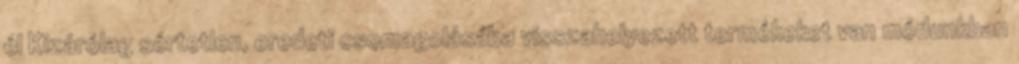
él Kizárólag sértetlen, eredeti csomagolásába visszahelyezett termékeket van módunkban